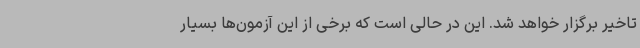
تاخیر برگزار خواهد شد. این در حالی است که برخی از این آزمون‌ها بسیار